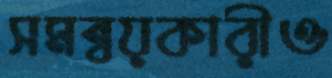
সমন্বয়কারীও